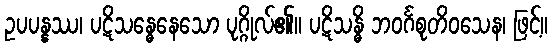
ဥပပန္နဿ၊ ပဋိသန္ဓေနေသော ပုဂ္ဂိုလ်၏။ ပဋိသန္ဓိ ဘဝင်္ဂစုတိဝသေန၊ ဖြင့်။